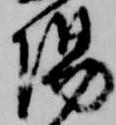
陽